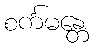
စင်္ကမန္တေ